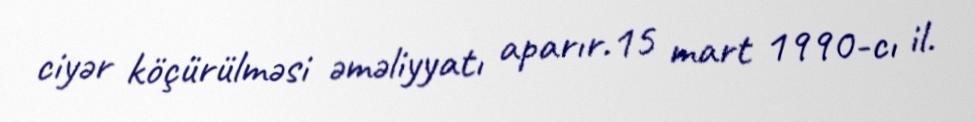
ciyər köçürülməsi əməliyyatı aparır.15 mart 1990-cı il.